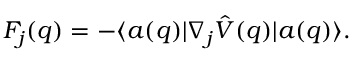
F _ { j } ( q ) = - \langle a ( q ) | \nabla _ { j } \hat { V } ( q ) | a ( q ) \rangle .